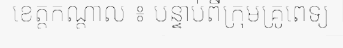
ខេត្តកណ្តាល ៖ បន្ទាប់ពីក្រុមគ្រូពេទ្យ